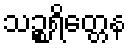
သဉ္စရိတ္တေန